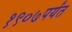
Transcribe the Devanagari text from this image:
१९०७पर्यंत